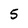
Character: 5